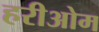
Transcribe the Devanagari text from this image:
हरीओम